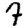
Digit: 7